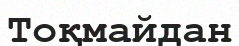
Тоқмайдан